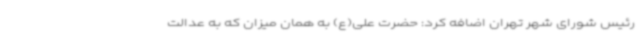
رئیس شورای شهر تهران اضافه کرد: حضرت علی(ع) به همان میزان که به عدالت